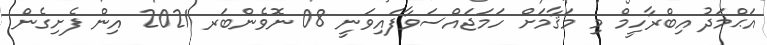
އަޙްމަދު އިބްރާހީމް މި މަޤާމަށް ހަމަޖައްސަވާފައިވަނީ 08 ނޮވެންބަރ 2021 އިން ފެށިގެން